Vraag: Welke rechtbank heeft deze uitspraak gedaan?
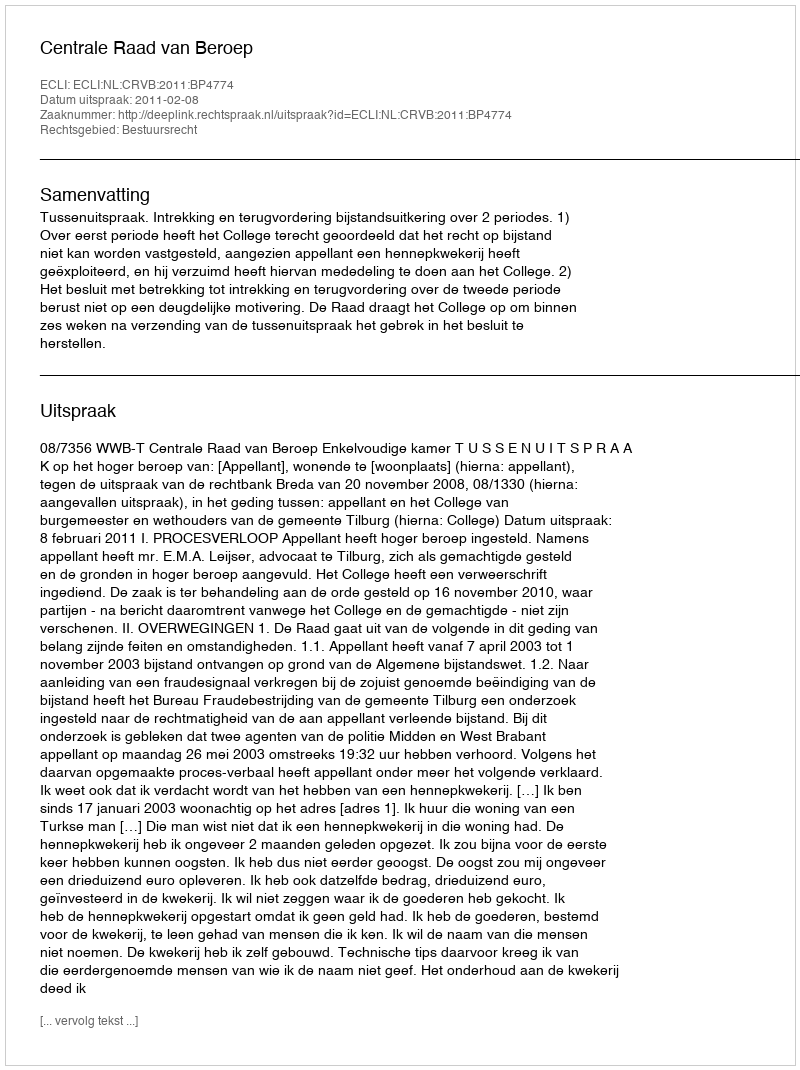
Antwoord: Centrale Raad van Beroep